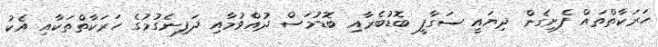
ހަރަކާތްތައް ފެށިގެން ދިޔައީ ސަގާފީ ބޮޑުބެރާއި ބޮޑުމަސް ދުއްވުމާއި ދަފިނެގުމުގެ ހަރަކާތްތަކާއި އެކު